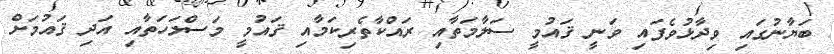
ބަޔާނުގައި ވިދާޅުވެފައި ވަނީ ޤައުމީ ސަލާމަތާއި ރައްކާތެރިކަމާއި ޤައުމީ މަސްލަހަތާއި އަދި ޤައުމަށް